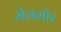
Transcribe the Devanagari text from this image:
मेलमोर